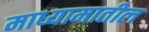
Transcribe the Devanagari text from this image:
माध्यामातील